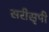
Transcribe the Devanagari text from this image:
सरीसृपी